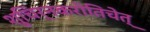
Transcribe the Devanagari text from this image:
शुचिर्नकरोतिचेत्